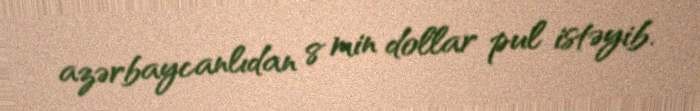
azərbaycanlıdan 8 min dollar pul istəyib.